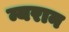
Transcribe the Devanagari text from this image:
न्यरान